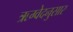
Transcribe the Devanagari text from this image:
ऋग्वेदनुसार